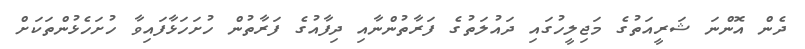
ދެން އޮންނަ ޝަރީއަތުގެ މަޖިލީހުގައި ދައުލަތުގެ ފަރާތުންނާއި ދިފާއުގެ ފަރާތުން ހުށަހަޅާފައިވާ ހުށަހެޅުންތަކަށް